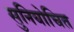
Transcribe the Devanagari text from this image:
सुनियोचित